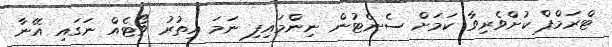
ޓްރަމްޕް ކުށްވެރިވާ ކަމަށް ސެނެޓުން ނިންމައިފި ނަމަ އިތުރު ވޯޓެއް ނަގައި އޭނާ